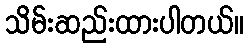
သိမ်းဆည်းထားပါတယ်။